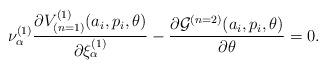
LaTeX: \begin{align*}{\nu}^{(1)}_{\alpha}\frac{\partial V_{(n=1)}^{(1)}(a_i,p_i,\theta)}{\partial{\xi}^{(1)}_{\alpha}} - \frac{\partial{\cal G}^{(n=2)}(a_i,p_i,\theta)}{\partial\theta} = 0.\end{align*}